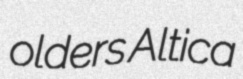
olders Altica